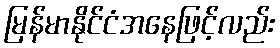
မြန်မာနိုင်ငံအနေဖြင့်လည်း